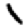
Digit: 1